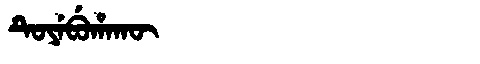
Manchu: ᡨᡠᠶᡝᠪᡠᡥᠠᡴᡡ
Romanization: TUYEBUHAKŪ